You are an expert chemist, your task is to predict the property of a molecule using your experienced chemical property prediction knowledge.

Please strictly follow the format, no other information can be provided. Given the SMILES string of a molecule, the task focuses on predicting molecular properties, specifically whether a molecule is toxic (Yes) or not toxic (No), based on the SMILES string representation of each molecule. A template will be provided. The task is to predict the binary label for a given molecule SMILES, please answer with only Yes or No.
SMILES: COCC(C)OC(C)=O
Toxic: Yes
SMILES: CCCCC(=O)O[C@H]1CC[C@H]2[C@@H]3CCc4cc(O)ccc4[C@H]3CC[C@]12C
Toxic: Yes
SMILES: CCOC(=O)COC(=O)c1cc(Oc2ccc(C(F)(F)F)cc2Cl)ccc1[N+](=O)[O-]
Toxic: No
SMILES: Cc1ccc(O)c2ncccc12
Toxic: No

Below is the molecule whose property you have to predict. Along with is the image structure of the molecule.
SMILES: O=C1CCCCC1Cl
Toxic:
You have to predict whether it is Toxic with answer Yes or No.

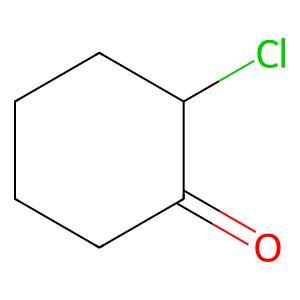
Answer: No